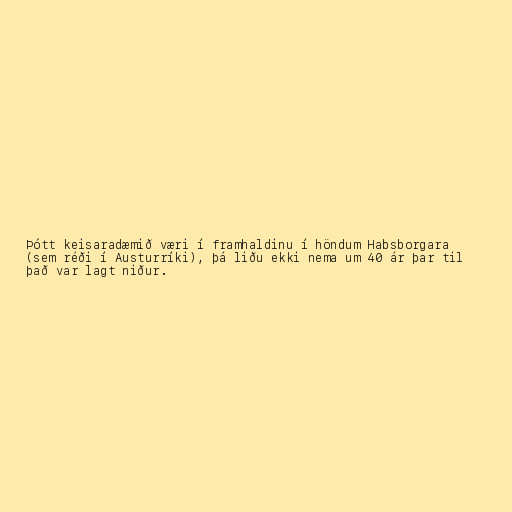
Þótt keisaradæmið væri í framhaldinu í höndum Habsborgara
(sem réði í Austurríki), þá liðu ekki nema um 40 ár þar til
það var lagt niður.